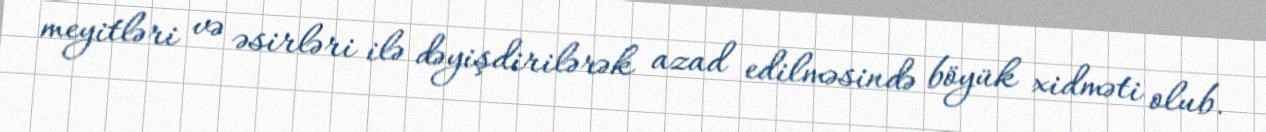
meyitləri və əsirləri ilə dəyişdirilərək azad edilməsində böyük xidməti olub.